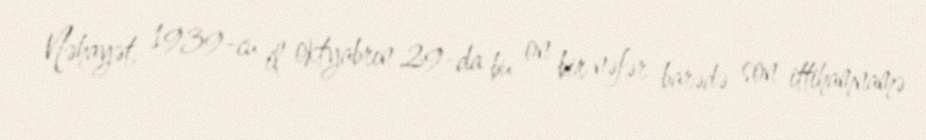
Nəhayət, 1939-cu il oktyabrın 29-da bu on bir nəfər barədə son ittihamnamə